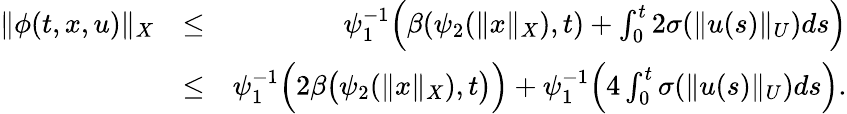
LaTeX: \begin{array}{rlr}{\| \phi(t,x,u)\| _{X}}&{\leq}&{\psi_{1}^{-1}\Big(\beta(\psi_{2}(\| x\| _{X}),t)+\int_{0}^{t}2\sigma(\| u(s)\| _{U})ds\Big)}\\ &{\leq}&{\psi_{1}^{-1}\Big(2\beta\big(\psi_{2}(\| x\| _{X}),t\big)\Big)+\psi_{1}^{-1}\Big(4\int_{0}^{t}\sigma(\| u(s)\| _{U})ds\Big).}\end{array}